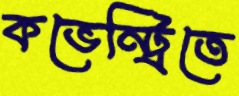
কভেন্ট্রিতে